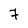
Character: 7